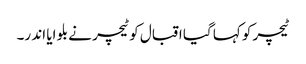
ٹیچر کو کہا گیا اقبال کو ٹیچر نے بلو ایا اند ر۔